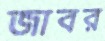
জাবর